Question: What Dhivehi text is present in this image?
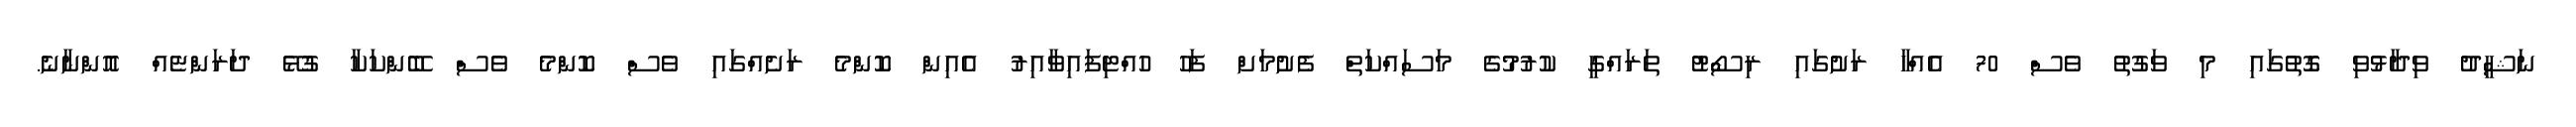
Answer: ނަޝީދު ވިދާޅުވި ގޮތުގައި މި ވަގުތު ވެސް 70 އެއްހާ ރަށުގައި ރިސޯޓު ތަރައްގީ ކުރުމުގެ މަސައްކަތް ފެށުމަށް ފަހު ހުއްޓިފައިވާއިރު އެއިން ކޮންމެ ރަށެއްގައި ވެސް ކޮންމެ ވެސް ބޭންކަކާ ގުޅޭ ދަރަންޏެއް އޮންނާނެ.